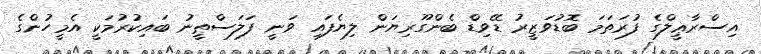
އިސްރާޢީލްގެ ފުރަތަމަ ބޮޑުވަޒީރު ޑޭވިޑް ބެންގޫރިޔަން ލިޔެފައި ވަނީ ފަލަސްޠީނު ބައިކުރުމަކީ އެމީހުންގެ